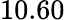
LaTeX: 10.60